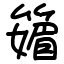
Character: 䉋